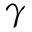
\gamma